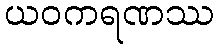
ယဝကရဏဿ